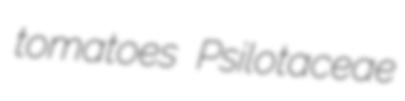
tomatoes Psilotaceae